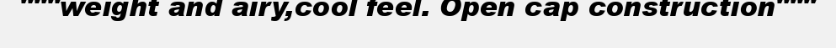
"""weight and airy,cool feel. Open cap construction"""